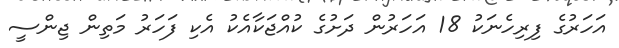
އަހަރުގެ ފިރިހެނަކު 18 އަހަރުން ދަށުގެ ކުއްޖަކާއެކު އެކި ފަހަރު މަތިން ޖިންސީ